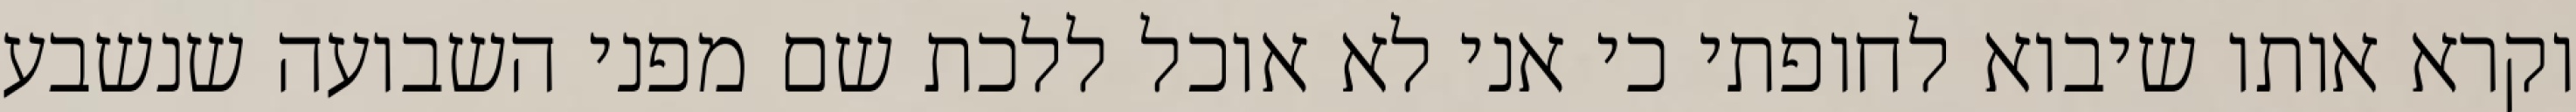
וקרא אותו שיבוא לחופתי כי אני לא אוכל ללכת שם מפני השבועה שנשבע